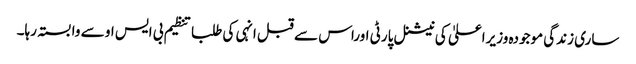
ساری زندگی موجودہ وزیراعلیٰ کی نیشنل پارٹی اوراس سے قبل انہی کی طلبا تنظیم بی ایس او سے وابستہ رہا۔